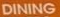
DINING